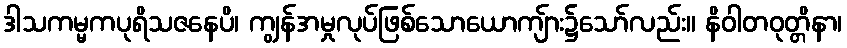
ဒါသကမ္မကပုရိသဇနေပိ၊ ကျွန်အမှုလုပ်ဖြစ်သောယောကျ်ား၌သော်လည်း။ နိဝါတဝုတ္တိနာ၊